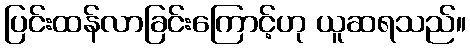
ပြင်းထန်လာခြင်းကြောင့်ဟု ယူဆရသည်။